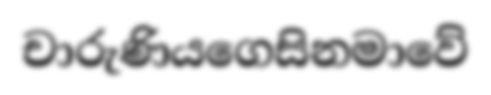
චාරුණියගෙසිනමාවේ